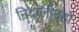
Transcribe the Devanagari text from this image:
निद्रालीनहो